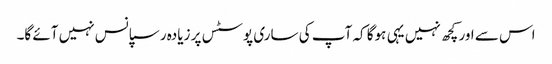
اس سے اور کچھ نہیں یہی ہوگا کہ آپ کی ساری پوسٹس پر زیادہ رسپانس نہیں آئے گا۔